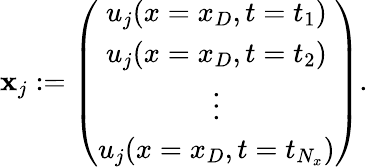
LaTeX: \mathbf{x}_{j}:=\left(\begin{array}{c}{u_{j}(x=x_{D},t=t_{1})}\\ {u_{j}(x=x_{D},t=t_{2})}\\ {\vdots}\\ {u_{j}(x=x_{D},t=t_{N_{x}})}\end{array}\right).